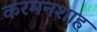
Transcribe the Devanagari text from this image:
करमनशाह